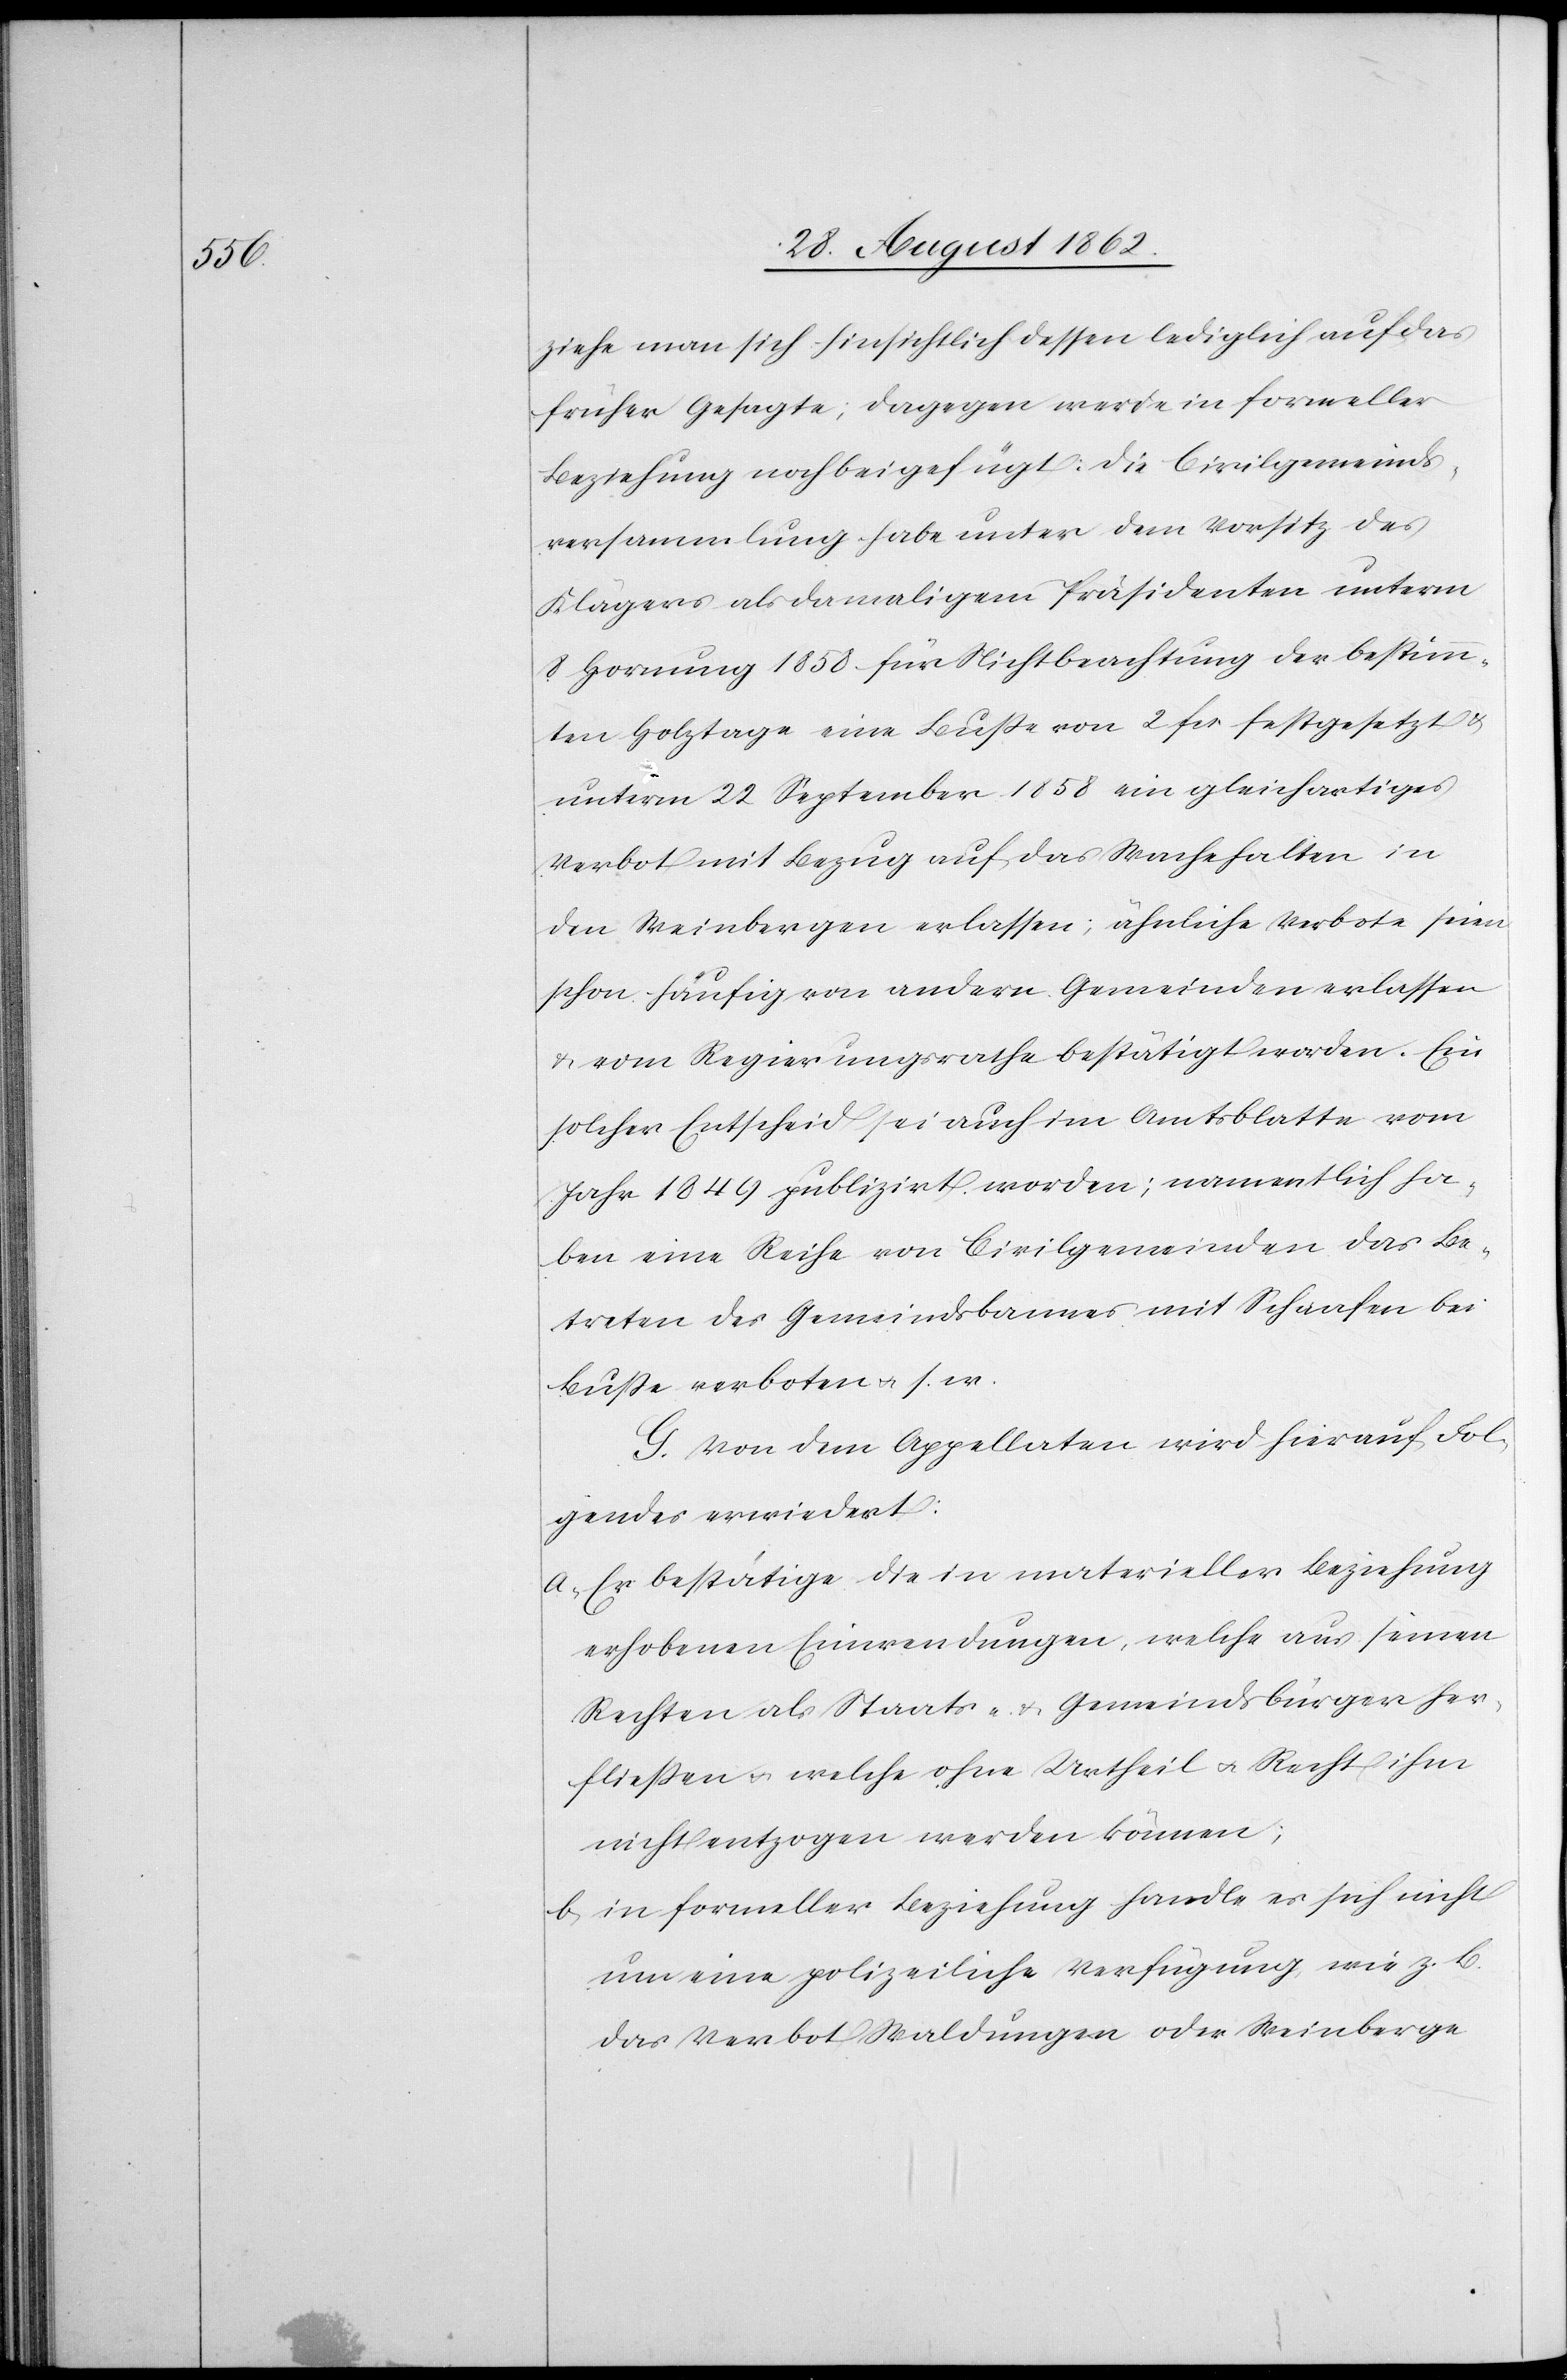
ziehe man sich hinsichtlich dessen lediglich auf das
früher Gesagte; dagegen werde in formeller
Beziehung noch beigefügt: Die Civilgemeinds¬
versammlung habe unter dem Vorsitz des
Klägers als damaligem Präsidenten unterm
8. Hornung 1858 für Nichtbeachtung der bestimm¬
ten Holztage eine Buße von 2 fcs. festgesetzt u.
unterm 22. September 1858 ein gleichartiges
Verbot mit Bezug auf das Wachehalten in
den Weinbergen erlassen; ähnliche Verbote seien
schon häufig von andern Gemeinden erlassen
u. vom Regierungsrathe bestätigt worden. Ein
solcher Entscheid sei auch im Amtsblatte vom
Jahr 1849 publizirt worden; namentlich ha¬
ben eine Reihe von Civilgemeinden das Be¬
treten des Gemeindsbannes mit Schaafen bei
Buße verboten u. s. w.
G. Von dem Appellaten wird hierauf Fol¬
gendes erwiedert:
a. Er bestätige die in materieller Beziehung
erhobenen Einwendungen, welche aus seinen
Rechten als Staats- u. Gemeindsbürger her¬
fließen u. welche ohne Urtheil u. Recht ihm
nicht entzogen werden können;
b. in formeller Beziehung handle es sich nicht
um eine polizeiliche Verfügung, wie z. B.
das Verbot Waldungen oder Weinberge